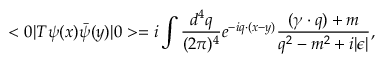
< 0 | T \psi ( x ) \bar { \psi } ( y ) | 0 > = i \int \frac { d ^ { 4 } q } { ( 2 \pi ) ^ { 4 } } e ^ { - i q \cdot ( x - y ) } \frac { ( \gamma \cdot q ) + m } { q ^ { 2 } - m ^ { 2 } + i | \epsilon | } ,